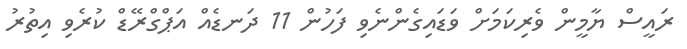
ރައީސް ޔާމީން ވެރިކަމަށް ވަޑައިގެންނެވި ފަހުން 11 ދަނޑެއް އަޕްގްރޭޑް ކުރެވި އިތުރު